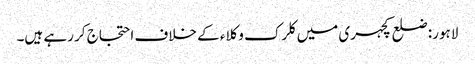
لاہور: ضلع کچہری میں کلرک وکلاء کے خلاف احتجاج کر رہے ہیں۔